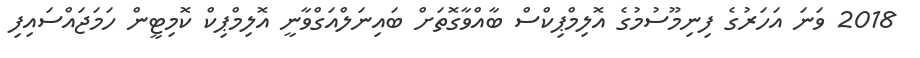
2018 ވަނަ އަހަރުގެ ފިނިމޫސުމުގެ އޮލިމްޕިކްސް ބާއްވާގޮތަށް ބައިނަލްއަގްވާނީ އޮލިމްޕިކް ކޮމިޓީން ހަމަޖައްސައިފި